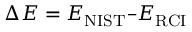
\Delta E = E _ { \mathrm { { N I S T } } } – E _ { \mathrm { { R C I } } }